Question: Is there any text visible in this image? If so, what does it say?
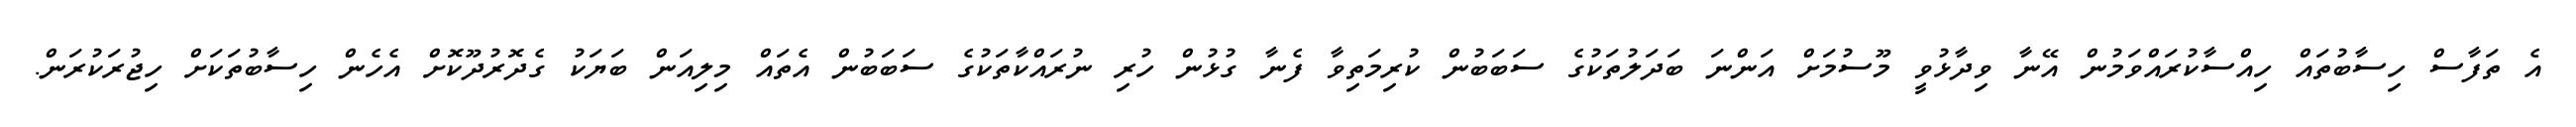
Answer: އެ ތަފާސް ހިސާބުތައް ހިއްސާކުރައްވަމުން އޭނާ ވިދާޅުވީ މޫސުމަށް އަންނަ ބަދަލުތަކުގެ ސަބަބުން ކުރިމަތިވާ ފެނާ ގުޅުން ހުރި ނުރައްކާތަކުގެ ސަބަބުން އެތައް މިލިއަން ބަޔަކު ގެދޮރުދޫކޮށް އެހެން ހިސާބުތަކަށް ހިޖުރަކުރަން.